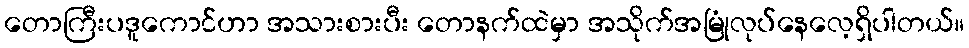
တောကြီးပဒူကောင်ဟာ အသားစားပီး တောနက်ထဲမှာ အသိုက်အမြုံလုပ်နေလေ့ရှိပါတယ်။